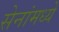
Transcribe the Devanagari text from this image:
सेनांमध्ये